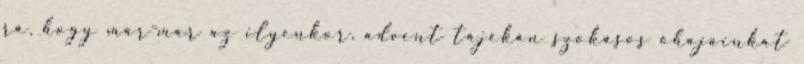
rá, hogy már-már az ilyenkor, advent tájékán szokásos óhajainkat